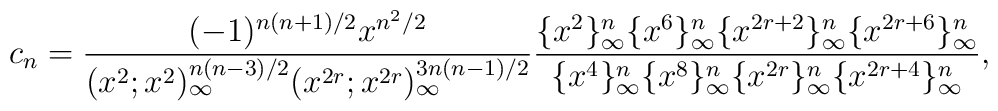
c_n =\frac{(-1)^{n(n+1)/2}x^{n^2/2}}{(x^2 ; x^2 )_\infty^{n(n-3)/2}(x^{2r}; x^{2r})_\infty^{3n(n-1)/2}}\frac{\{ x^2 \}_\infty^n \{ x^6 \}_\infty^n\{ x^{2r+2} \}_\infty^n \{ x^{2r+6} \}_\infty^n}{\{ x^4 \}_\infty^n \{ x^8 \}_\infty^n\{ x^{2r} \}_\infty^n \{ x^{2r+4} \}_\infty^n},